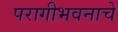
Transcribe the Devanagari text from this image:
परागीभवनाचे